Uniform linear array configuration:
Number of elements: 24
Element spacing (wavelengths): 0.75
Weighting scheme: hamming
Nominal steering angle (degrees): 45
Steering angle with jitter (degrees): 44.622
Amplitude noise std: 0.05
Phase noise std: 0.05

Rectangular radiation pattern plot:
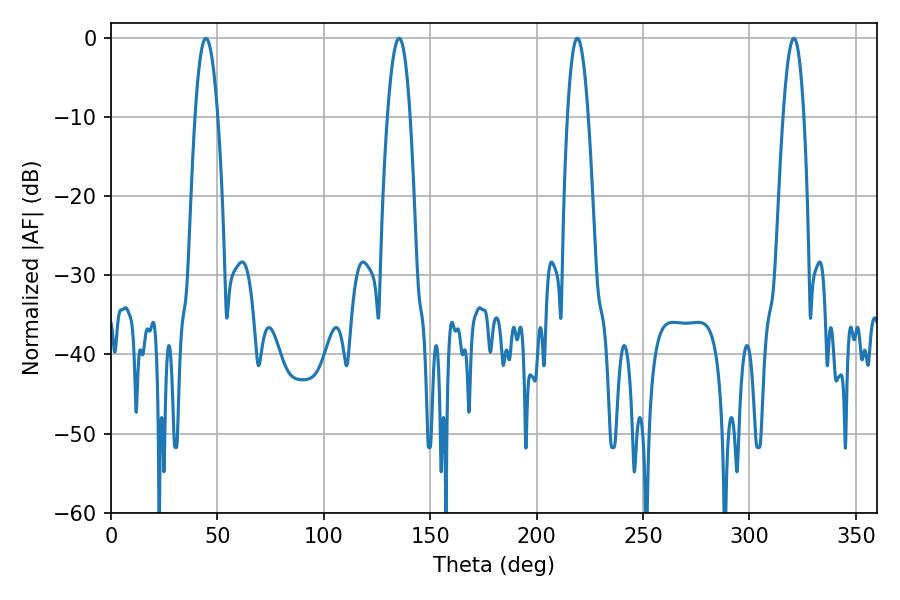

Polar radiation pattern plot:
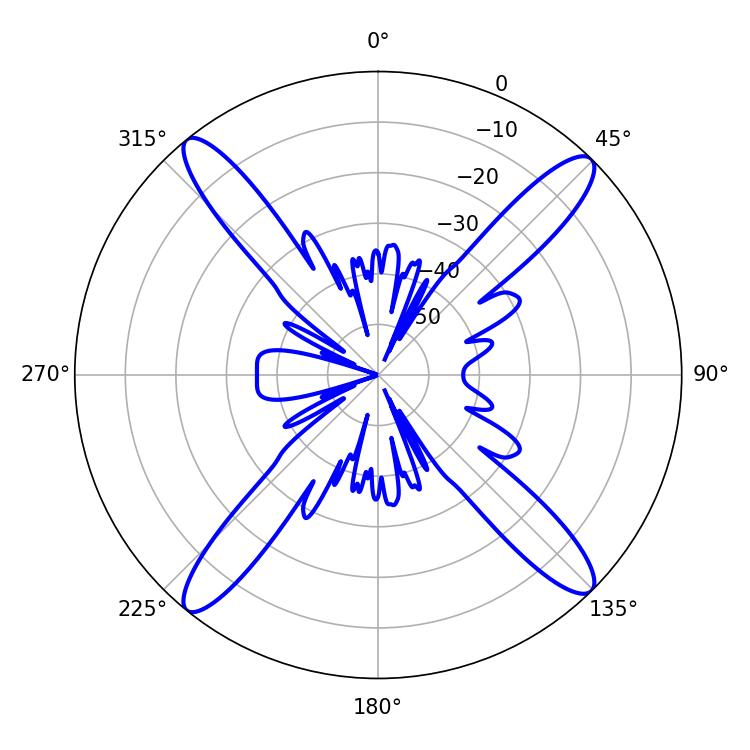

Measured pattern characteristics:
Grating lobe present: TRUE
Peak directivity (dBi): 18.62
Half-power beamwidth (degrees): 5.94
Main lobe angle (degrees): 44.64